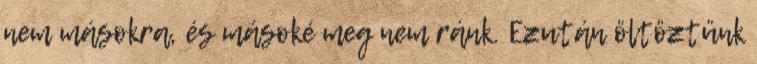
nem másokra, és másoké meg nem ránk. Ezután öltöztünk